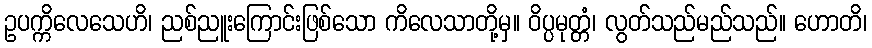
ဥပက္ကိလေသေဟိ၊ ညစ်ညူးကြောင်းဖြစ်သော ကိလေသာတို့မှ။ ဝိပ္ပမုတ္တံ၊ လွတ်သည်မည်သည်။ ဟောတိ၊